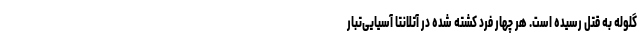
گلوله به قتل رسیده است. هر چهار فرد کشته شده در آتلانتا آسیایی‌تبار